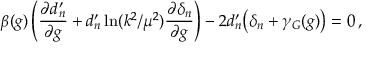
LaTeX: \beta ( g ) \left( \frac { \partial d _ { n } ^ { \prime } } { \partial g } + d _ { n } ^ { \prime } \ln ( k ^ { 2 } / \mu ^ { 2 } ) \frac { \partial \delta _ { n } } { \partial g } \right) - 2 d _ { n } ^ { \prime } \big ( \delta _ { n } + \gamma _ { G } ( g ) \big ) = 0 \, ,